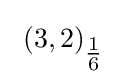
\ (3,2)_{\tfrac {1}{6}}\